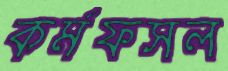
কর্মফসল